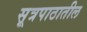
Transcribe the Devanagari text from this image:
सूत्रपाठातील